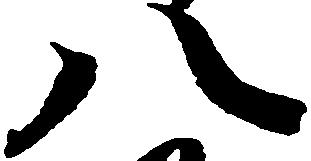
八